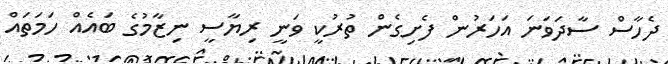
ދެހާސް ސާދަވަނަ އަހަރުން ފެށިގެން ތުރުކީ ވަނީ ރިޔާސީ ނިޒާމުގެ ބައެއް ހަމަތައް